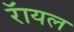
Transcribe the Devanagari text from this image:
रॅायल